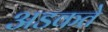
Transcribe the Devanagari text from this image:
अडकते